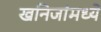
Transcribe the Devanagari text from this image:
खनिजांमध्ये